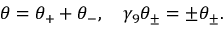
\theta = \theta _ { + } + \theta _ { - } , \quad \gamma _ { 9 } \theta _ { \pm } = \pm \theta _ { \pm } .